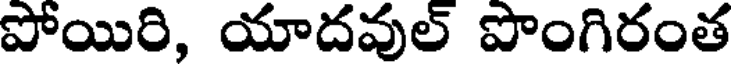
పోయిరి, యాదవుల్ పొంగిరంత